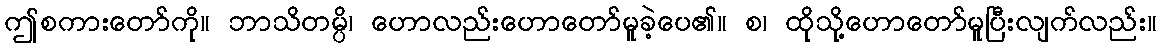
ဤစကားတော်ကို။ ဘာသိတမ္ပိ၊ ဟောလည်းဟောတော်မူခဲ့ပေ၏။ စ၊ ထိုသို့ဟောတော်မူပြီးလျက်လည်း။